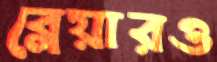
ব্লেয়ারও